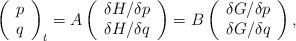
LaTeX: \begin{align*}\left(\begin{array}{c}p \\q\end{array}\right)_t=A\left(\begin{array}{c}\delta H/\delta p \\\delta H/\delta q\end{array}\right)=B\left(\begin{array}{c}\delta G/\delta p \\\delta G/\delta q\end{array}\right),\end{align*}